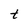
Character: t